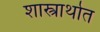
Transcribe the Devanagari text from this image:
शास्त्रार्थात